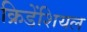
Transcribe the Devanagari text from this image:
क्रिडेंशियल